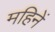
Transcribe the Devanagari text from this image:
महिनें